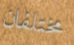
مختلفان